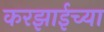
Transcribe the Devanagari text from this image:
करझाईच्या